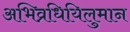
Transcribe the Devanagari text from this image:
अभिव्रधियिलुमान